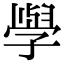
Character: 𭓕